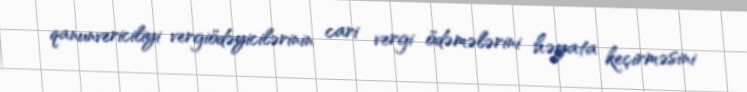
qanunvericiliyi vergiödəyicilərinin cari vergi ödəmələrini həyata keçirməsini